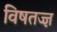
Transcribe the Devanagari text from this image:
विषतज्ज्ञ